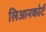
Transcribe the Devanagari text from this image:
लिआनकोर्ट